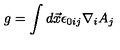
g = \int d \vec { x } \epsilon _ { 0 i j } \nabla _ { i } A _ { j }